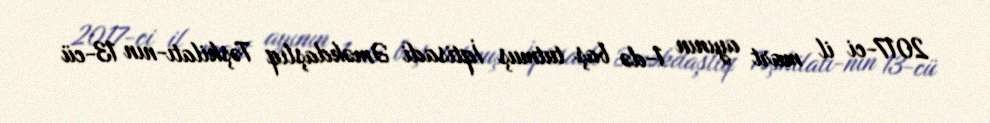
2017-ci il mart ayının 1-də baş tutmuş İqtisadi Əməkdaşlıq Təşkilatı-nın 13-cü